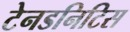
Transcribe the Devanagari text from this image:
टेनडनिटिस